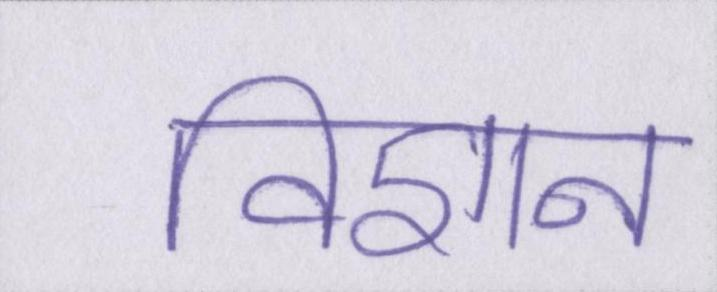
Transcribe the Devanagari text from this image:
विज्ञान